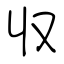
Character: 収